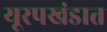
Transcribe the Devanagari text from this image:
यूरपखंडात